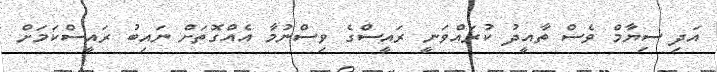
އަދި ސިޔާމް ވެސް ތާއީދު ކުރައްވަނީ ރައީސްގެ ވިސްނުމާ އެއްގޮތަށް ނައިބު ރައީސްކަމަށް